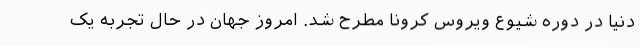
دنیا در دوره شیوع ویروس کرونا مطرح شد. امروز جهان در حال تجربه یک